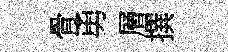
骨勇層撰